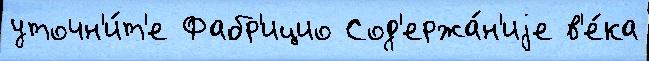
уточн'и́т'е Фабр'ицио Сод'ержа́н'иjе в'е́ка